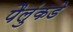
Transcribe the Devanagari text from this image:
पैलुंकडे